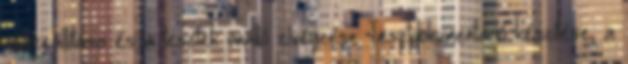
összeállítása és a tesztek önálló elvégzése Tesztdokumentáció készítése, a